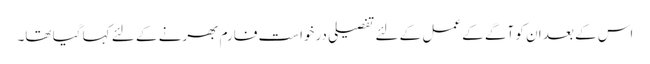
اس کے بعد ان کو آگے کے عمل کے لئے تفصیلی درخواست فارم بھرنے کے لئے کہا گیا تھا۔